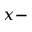
x -